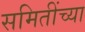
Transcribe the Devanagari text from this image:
समितींच्या